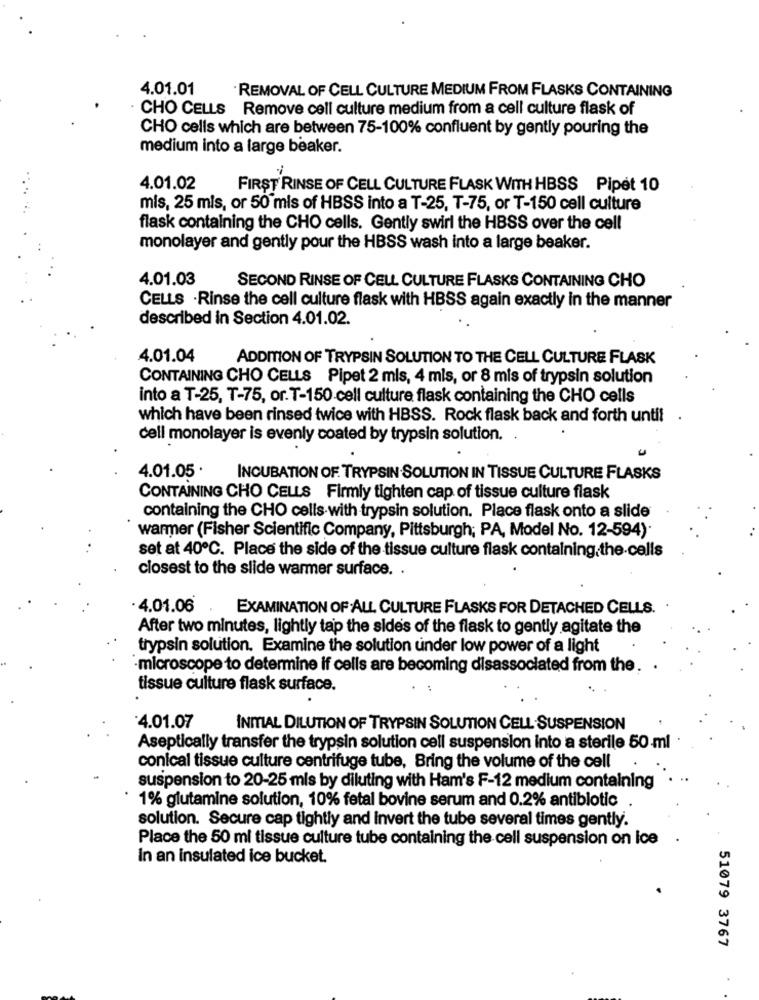
4.01.01
REMOVAL OF CELL CULTURE MEDIUM FROM FLASKS CONTAINING
CHO CELLS Remove cell culture medium from a cell culture flask of
CHO cells which are between 75-100% confluent by gently pouring the
medium into a large beaker.
-
4.01.02
FIRST RINSE OF CELL CULTURE FLASK WITH HBSS Pipet 10
. ..
mis, 25 mls, or 50 mis of HBSS into a T-25, T-75, or T-150 cell culture
flask containing the CHO cells. Gently swirl the HBSS over the cell
monolayer and gently pour the HBSS wash into a large beaker.
4.01.03
SECOND RINSE OF CELL CULTURE FLASKS CONTAINING CHO
CELLS . Rinse the cell culture flask with HBSS again exactly in the manner
described in Section 4.01.02.
4.01.04
ADDITION OF TRYPSIN SOLUTION TO THE CELL CULTURE FLASK
CONTAINING CHO CELLS Pipet 2 mis, 4 mls, or 8 mis of trypsin solution
into a T-25, T-75, or. T-150 cell culture flask containing the CHO cells
which have been rinsed twice with HBSS. Rock flask back and forth until .
cell monolayer is evenly coated by trypsin solution.
4.01.05 .
INCUBATION OF. TRYPSIN SOLUTION IN TISSUE CULTURE FLASKS
CONTAINING CHO CELLS Firmly tighten cap of tissue culture flask
containing the CHO cells-with trypsin solution. Place flask onto a slide
warmer (Fisher Scientific Company, Pittsburgh; PA, Model No. 12-594).
set at 40℃. Place the side of the tissue culture flask containing the cells
closest to the slide warmer surface. .
· 4.01.06
EXAMINATION OF ALL. CULTURE FLASKS FOR DETACHED CELLS.
After two minutes, lightly tap the sides of the flask to gently agitate the
trypsin solution. Examine the solution under low power of a light
-microscope to determine if cells are becoming disassociated from the.
tissue culture flask surface.
4.01.07
INITIAL DILUTION OF TRYPSIN SOLUTION CELL SUSPENSION
Aseptically transfer the trypsin solution cell suspension into a sterile 50 ml
conical tissue culture centrifuge tube, Bring the volume of the cell
...
suspension to 20-25 mis by diluting with Ham's F-12 medium containing
1% glutamine solution, 10% fetal bovine serum and 0.2% antibiotic
solution. Secure cap tightly and invert the tube several times gently.
Place the 50 ml tissue culture tube containing the cell suspension on ice
In an insulated ice bucket.
51079 3767